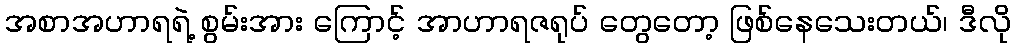
အစာအဟာရရဲ့ စွမ်းအား ကြောင့် အာဟာရဇရုပ် တွေတော့ ဖြစ်နေသေးတယ်၊ ဒီလို